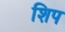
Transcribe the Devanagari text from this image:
शिप